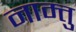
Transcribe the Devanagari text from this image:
नाम्तु